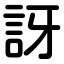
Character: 訝